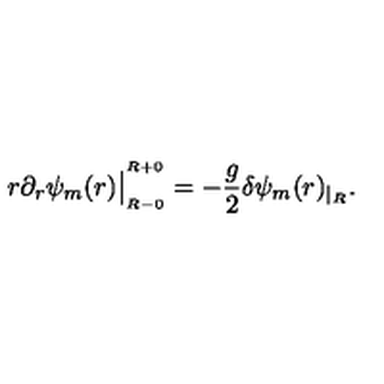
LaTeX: r \partial _ { r } \psi _ { m } ( r ) \big | _ { _ { R - 0 } } ^ { ^ { R + 0 } } = - { \frac { g } { 2 } } \delta \psi _ { m } ( r ) _ { | _ { R } } .